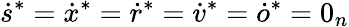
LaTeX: \dot{s}^{*}=\dot{x}^{*}=\dot{r}^{*}=\dot{v}^{*}=\dot{o}^{*}=0_{n}